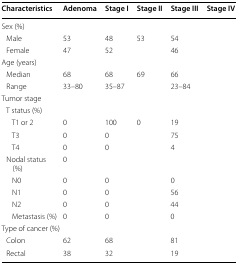
<table><thead><tr><td><b>Characteristics</b></td><td><b>Adenoma</b></td><td><b>Stage I</b></td><td><b>Stage II</b></td><td><b>Stage III</b></td><td><b>Stage IV</b></td></tr></thead><tbody><tr><td colspan="6">Sex (%)</td></tr><tr><td> Male</td><td>53</td><td>48</td><td>53</td><td>54</td><td>[EMPTY_CELL]</td></tr><tr><td> Female</td><td>47</td><td>52</td><td>[EMPTY_CELL]</td><td>46</td><td>[EMPTY_CELL]</td></tr><tr><td colspan="6">Age (years)</td></tr><tr><td> Median</td><td>68</td><td>68</td><td>69</td><td>66</td><td>[EMPTY_CELL]</td></tr><tr><td> Range</td><td>33–80</td><td>35–87</td><td>[EMPTY_CELL]</td><td>23–84</td><td>[EMPTY_CELL]</td></tr><tr><td colspan="6">Tumor stage</td></tr><tr><td colspan="6"> T status (%)</td></tr><tr><td>T1 or 2</td><td>0</td><td>100</td><td>0</td><td>19</td><td>[EMPTY_CELL]</td></tr><tr><td>T3</td><td>0</td><td>0</td><td>[EMPTY_CELL]</td><td>75</td><td>[EMPTY_CELL]</td></tr><tr><td>T4</td><td>0</td><td>0</td><td>[EMPTY_CELL]</td><td>4</td><td>[EMPTY_CELL]</td></tr><tr><td> Nodal status (%)</td><td>0</td><td>[EMPTY_CELL]</td><td>[EMPTY_CELL]</td><td>[EMPTY_CELL]</td><td>[EMPTY_CELL]</td></tr><tr><td>N0</td><td>0</td><td>0</td><td>[EMPTY_CELL]</td><td>0</td><td>[EMPTY_CELL]</td></tr><tr><td>N1</td><td>0</td><td>0</td><td>[EMPTY_CELL]</td><td>56</td><td>[EMPTY_CELL]</td></tr><tr><td>N2</td><td>0</td><td>0</td><td>[EMPTY_CELL]</td><td>44</td><td>[EMPTY_CELL]</td></tr><tr><td>Metastasis (%)</td><td>0</td><td>0</td><td>[EMPTY_CELL]</td><td>0</td><td>[EMPTY_CELL]</td></tr><tr><td colspan="6">Type of cancer (%)</td></tr><tr><td> Colon</td><td>62</td><td>68</td><td>[EMPTY_CELL]</td><td>81</td><td>[EMPTY_CELL]</td></tr><tr><td> Rectal</td><td>38</td><td>32</td><td>[EMPTY_CELL]</td><td>19</td><td>[EMPTY_CELL]</td></tr></tbody></table>